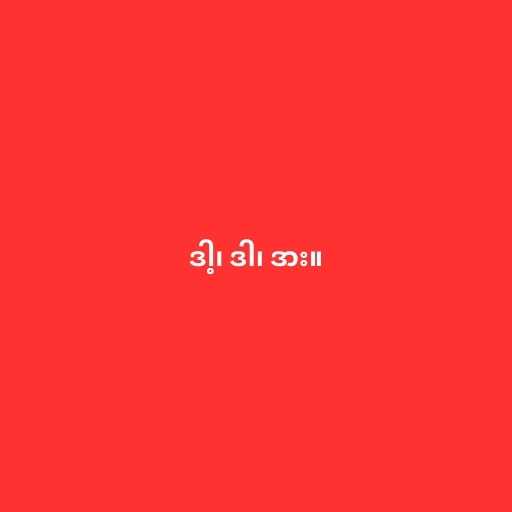
ဒါ့၊ ဒါ၊ ဒား။